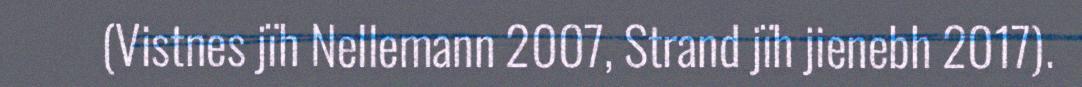
(Vistnes jïh Nellemann 2007, Strand jïh jienebh 2017).